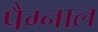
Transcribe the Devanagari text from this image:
पैग्नाल